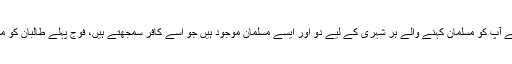
اِس کے بعد سے کافر پیدا کرنے کا کاروبار اتنا پھیل چکا ہے کہ اپنے آپ کو مسلمان کہنے والے ہر شہری کے لیے دو اور ایسے مسلمان موجود ہیں جو اُسے کافر سمجھتے ہیں، فوج پہلے طالبان کو مومنیں سمجھتی تھی اب کافر سمجھتی ہے یا شاید ہمیں یہی بتاتی ہے۔